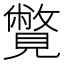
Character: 𧢍